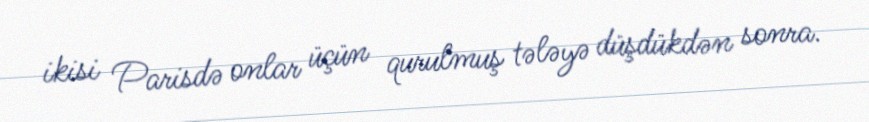
ikisi Parisdə onlar üçün qurulmuş tələyə düşdükdən sonra.